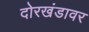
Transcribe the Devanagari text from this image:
दोरखंडावर